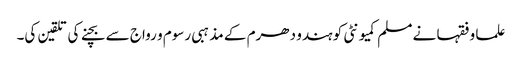
علما و فقہا نے مسلم کمیونٹی کو ہندو دھرم کے مذہبی رسوم و رواج سے بچنے کی تلقین کی۔